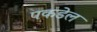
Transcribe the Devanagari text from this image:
पकडेल